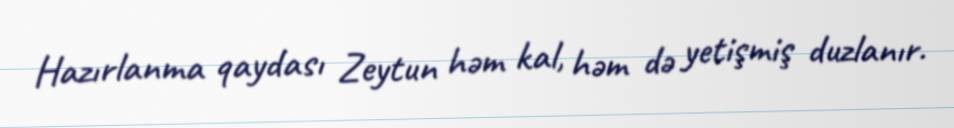
Hazırlanma qaydası Zeytun həm kal, həm də yetişmiş duzlanır.